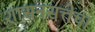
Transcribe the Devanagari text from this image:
शासनसत्तेचा